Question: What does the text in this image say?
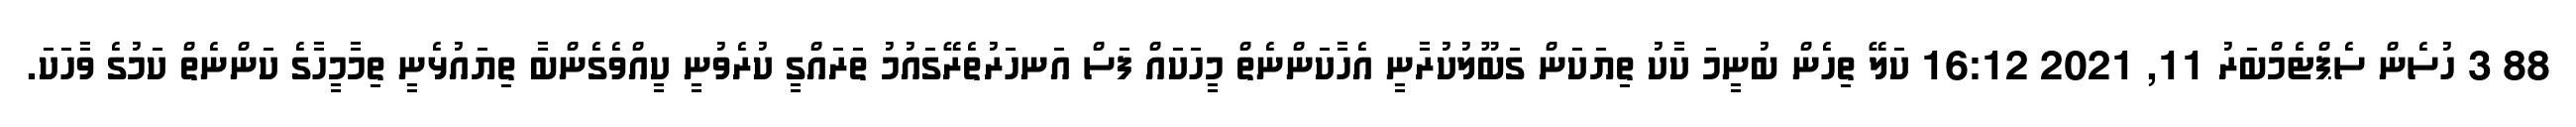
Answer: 88 3 ހުސެން ސެޕްޓެމްބަރު 11, 2021 16:12 ކަލޭ ތިހެން ބުނީމަ ކާކު ތިޔަކަން ގަބޫލުކުރާނީ އެހާކަންނެތް މީހަކައް ފަސް އަނހަރުތެރޭގައުމު ތަރައްގީ ކުރެވުނީ ކީއްވެގެންބާ ތިޔައުޅެނީ ތިމާމީހާގެ ކަންނެތް ކަމުގެ ވާހަކަ.